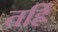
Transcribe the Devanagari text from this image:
तर्हि